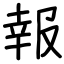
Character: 報